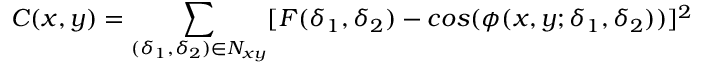
C ( x , y ) = \sum _ { ( \delta _ { 1 } , \delta _ { 2 } ) { { \in } N _ { x y } } } [ F ( { \delta } _ { 1 } , { \delta } _ { 2 } ) - c o s ( { \phi } ( x , y ; \delta _ { 1 } , \delta _ { 2 } ) ) ] ^ { 2 }